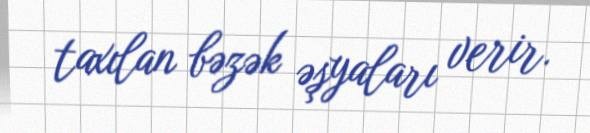
taxılan bəzək əşyaları verir.